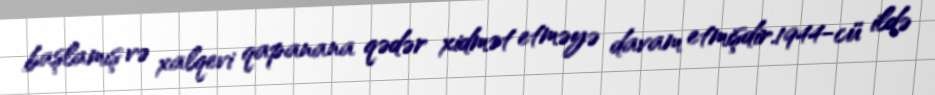
başlamış və xalqevi qapanana qədər xidmət etməyə davam etmişdir.1944-cü ildə